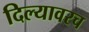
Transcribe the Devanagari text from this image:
दिल्यावरच